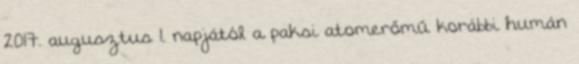
2017. augusztus 1. napjától a paksi atomerőmű korábbi humán